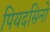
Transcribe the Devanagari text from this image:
पियदसिनो